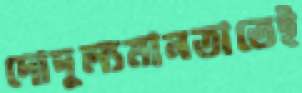
দোদুল্যমানতাতেই